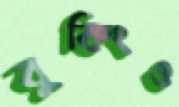
বুকিংও